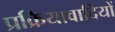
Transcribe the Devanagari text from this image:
प्रक्रियावादियों